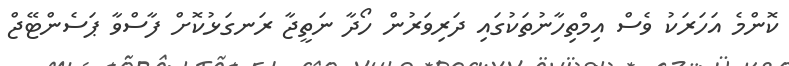
ކޮންމެ އަހަރަކު ވެސް އިމްތިހާނުތަކުގައި ދަރިވަރުން ހޯދާ ނަތީޖާ ރަނގަޅުކޮށް ފާސްވާ ޕަސެންޓޭޖް